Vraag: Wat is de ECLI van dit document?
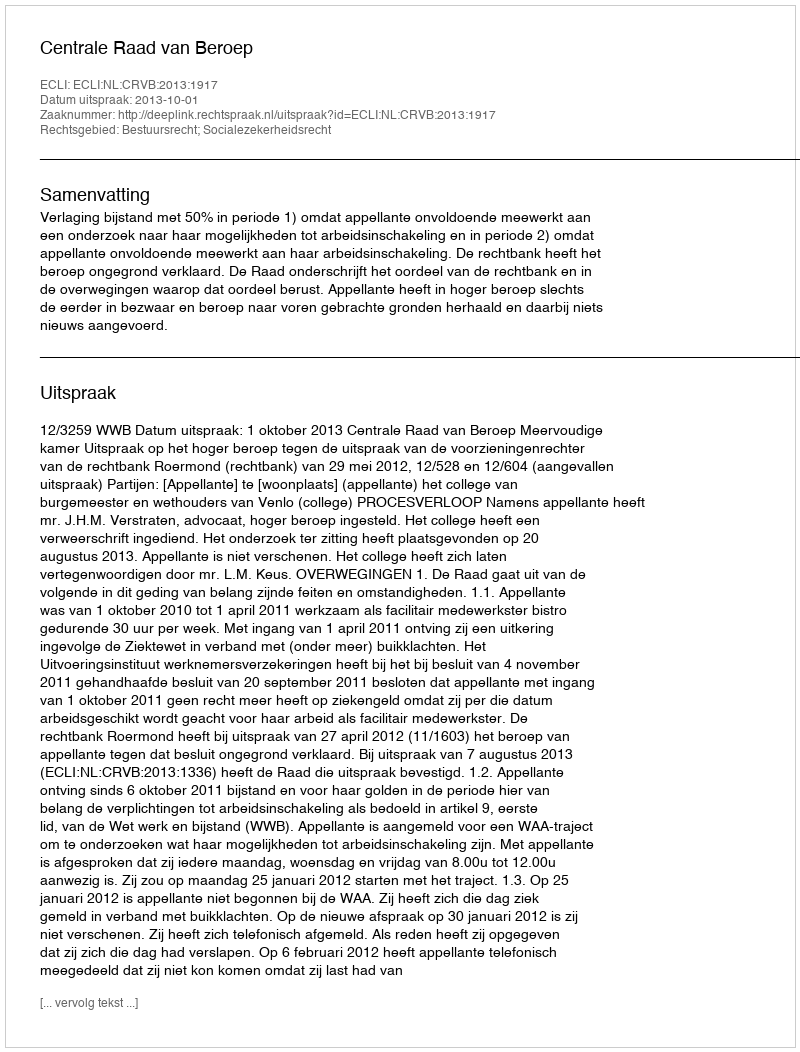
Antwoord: ECLI:NL:CRVB:2013:1917